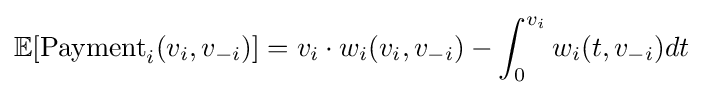
\mathbb {E} [{\text{Payment}}_{i}(v_{i},v_{-i})]=v_{i}\cdot w_{i}(v_{i},v_{-i})-\int _{0}^{v_{i}}w_{i}(t,v_{-i})dt